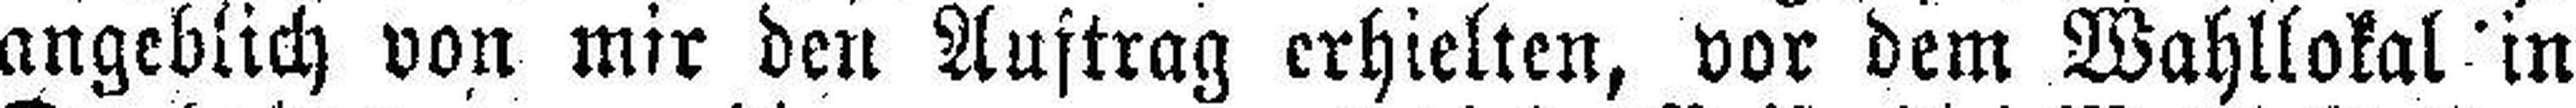
angeblich von mir den Auftrag erhielten, vor dem Wahllokal in